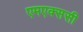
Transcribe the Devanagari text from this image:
एमएक्ससी